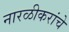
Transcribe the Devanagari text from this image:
नारळीकरांचे